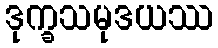
ဒုက္ခသမုဒယဿ